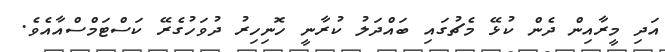
އަދި މީރާއިން ދެން ކުޅޭ މެޗުގައި ބައްދަލު ކުރާނީ ހޮނިހިރު ދުވަހުގެރޭ ކަސްޓަމްސްއާއެވެ.